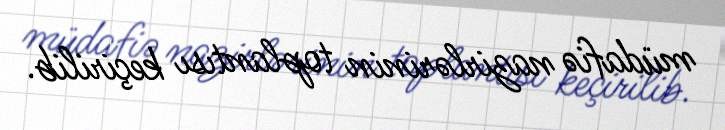
müdafiə nazirlərinin toplantısı keçirilib.